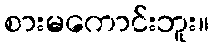
စားမကောင်းဘူး။